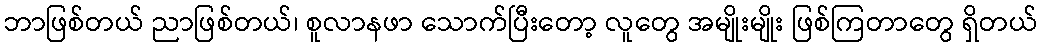
ဘာဖြစ်တယ် ညာဖြစ်တယ်၊ စူလာနဖာ သောက်ပြီးတော့ လူတွေ အမျိုးမျိုး ဖြစ်ကြတာတွေ ရှိတယ်